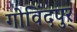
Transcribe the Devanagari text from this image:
गोविंदपुर्